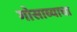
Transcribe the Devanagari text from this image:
गोसाव्याचा